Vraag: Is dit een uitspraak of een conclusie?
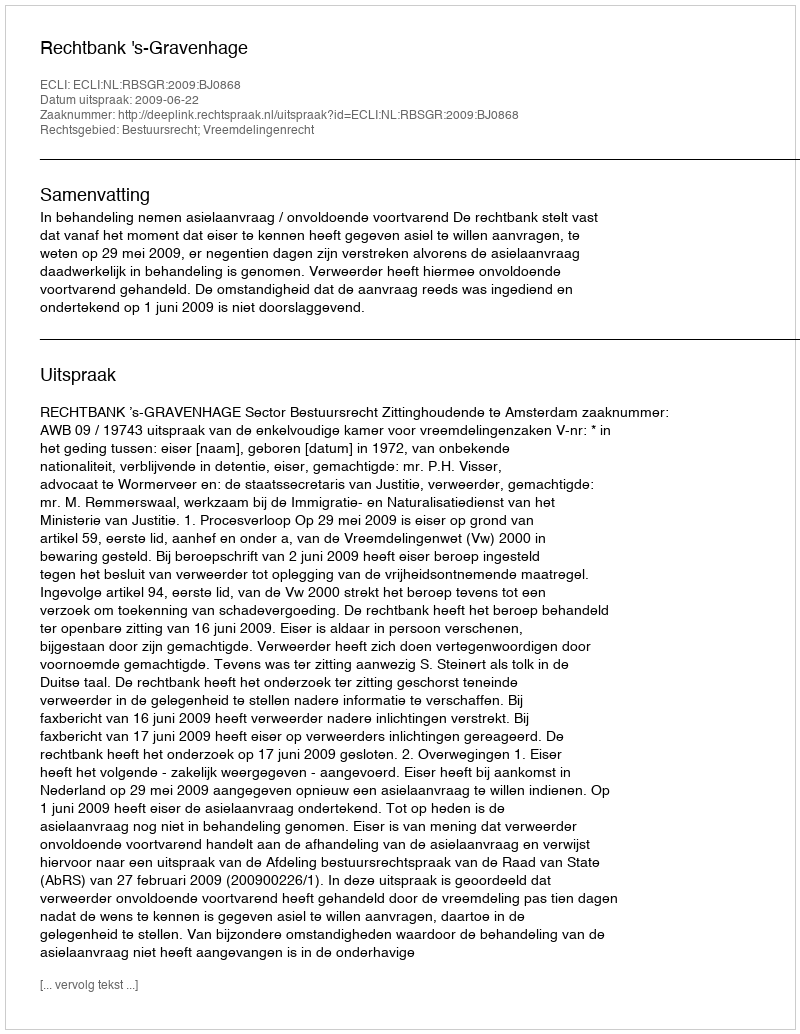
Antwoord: Uitspraak